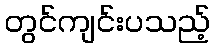
တွင်ကျင်းပသည့်